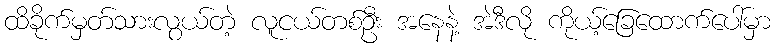
ထိခိုက်မှတ်သားလွယ်တဲ့ လူငယ်တစ်ဦး အနေနဲ့ အဲဒီလို ကိုယ့်ခြေထောက်ပေါ်မှာ